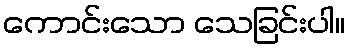
ကောင်းသော သေခြင်းပါ။